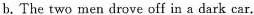
b.The two men drove off in a dark car.